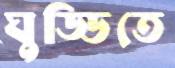
ঘুড্ডিতে